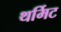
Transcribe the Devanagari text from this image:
थर्मिट